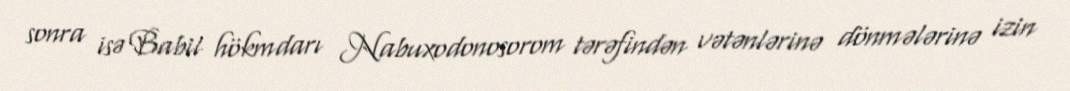
sonra isə Babil hökmdarı Nabuxodonosorom tərəfindən vətənlərinə dönmələrinə izin